Annual report of the Punjab Veterinary College and of the Civil Veterinary Department, Punjab - 1926-1932
Year: 1926
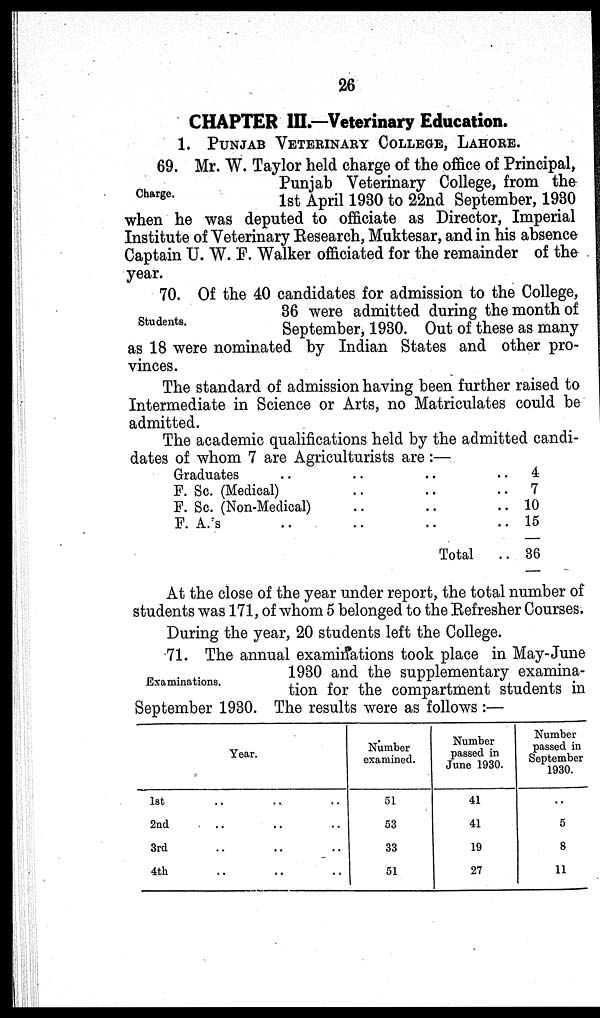
26
CHAPTER III.—Veterinary Education.
1. PUNJAB VETERINARY COLLEGE, LAHORE.
Charge.
69. Mr. W. Taylor held charge of the office of Principal,
Punjab Veterinary College, from the
1st April 1930 to 22nd September, 1930
when he was deputed to officiate as Director, Imperial
Institute of Veterinary Research, Muktesar, and in his absence
Captain U. W. F. Walker officiated for the remainder of the
year.
Students.
70. Of the 40 candidates for admission to the College,
36 were admitted during the month of
September, 1930. Out of these as many
as 18 were nominated by Indian States and other pro-
vinces.
The standard of admission having been further raised to
Intermediate in Science or Arts, no Matriculates could be
admitted.
The academic qualifications held by the admitted candi-
dates of whom 7 are Agriculturists are :—
Graduates
..
..
..
..
F. Sc. (Medical)..
..
..
F. Sc. (Non-Medical)
..
..
..
F. A/s
..
..
..
..
Total
4
7
10
15
36
At the close of the year under report, the total number of
students was 171, of whom 5 belonged to the Refresher Courses.
During the year, 20 students left the College.
Examinations.
71. The annual examinations took place in May-June
1930 and the supplementary examina-
tion for the compartment students in
September 1930. The results were as follows :—
Year.
1st.. .. ..
2nd .. .. ..
3rd
..
..
..
4th
..
..
..
Number
examined.
51
53
33
51
Number
passed in
June 1930.
41
41
19
27
Number
passed in
September
1930.
..
5
8
11